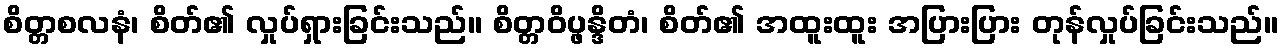
စိတ္တစလနံ၊ စိတ်၏ လှုပ်ရှားခြင်းသည်။ စိတ္တဝိပ္ဖန္ဒိတံ၊ စိတ်၏ အထူးထူး အပြားပြား တုန်လှုပ်ခြင်းသည်။